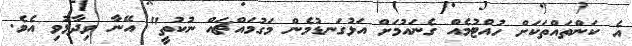
އެ ކަންތައްތަކަށް ހުއްޓުމެއް ގެނައުމަށް އަޅުގަނޑުމެން މަގުމައްޗައް ނުކުތީ" އޭނާ ވިދާޅުވި އެވެ.